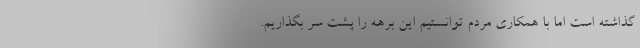
گذاشته است اما با همکاری مردم توانستیم این برهه را پشت سر بگذاریم.